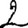
Digit: 2